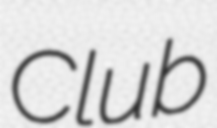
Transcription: Club